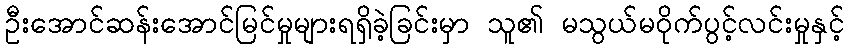
ဦးအောင်ဆန်းအောင်မြင်မှုများရရှိခဲ့ခြင်းမှာ သူ၏ မသွယ်မဝိုက်ပွင့်လင်းမှုနှင့်